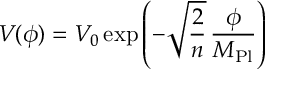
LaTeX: V ( \phi ) = V _ { 0 } \exp \left( - \sqrt { \frac { 2 } { n } } \, \frac { \phi } { M _ { \mathrm { P l } } } \right)